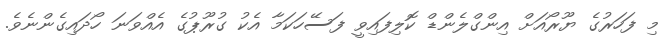
މި ފަހަރުގެ ޔޫރޯއަށް އިންގްލެންޑް ކޮލިފައިވީ ފަސޭހަކަމާ އެކު ގުރޫޕުގެ އެއްވަނަ ހޯދައިގެންނެވެ.